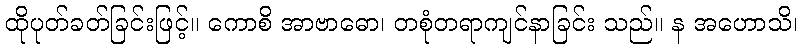
ထိုပုတ်ခတ်ခြင်းဖြင့်။ ကောစိ အာဗာဓော၊ တစုံတရာကျင်နာခြင်း သည်။ န အဟောသိ၊